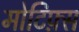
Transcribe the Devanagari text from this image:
मोटिफ़्स